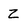
Character: Z